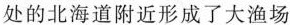
处的北海道附近形成了大渔场